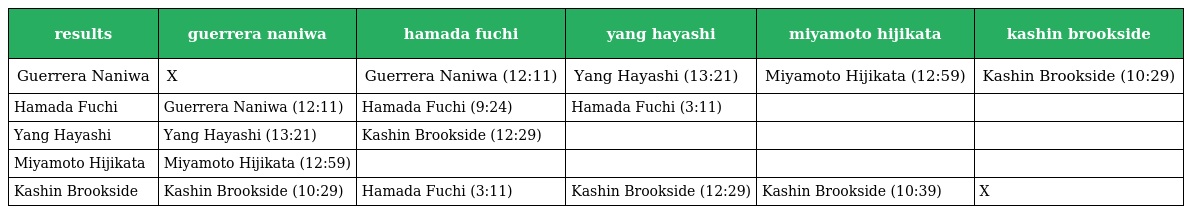
| results | guerrera naniwa | hamada fuchi | yang hayashi | miyamoto hijikata | kashin brookside |
 | --- | --- | --- | --- | --- | --- |
 | Guerrera Naniwa | X | Guerrera Naniwa (12:11) | Yang Hayashi (13:21) | Miyamoto Hijikata (12:59) | Kashin Brookside (10:29) |
 | Hamada Fuchi | Guerrera Naniwa (12:11) | Hamada Fuchi (9:24) | Hamada Fuchi (3:11) |  |  |
 | Yang Hayashi | Yang Hayashi (13:21) | Kashin Brookside (12:29) |  |  |  |
 | Miyamoto Hijikata | Miyamoto Hijikata (12:59) |  |  |  |  |
 | Kashin Brookside | Kashin Brookside (10:29) | Hamada Fuchi (3:11) | Kashin Brookside (12:29) | Kashin Brookside (10:39) | X |